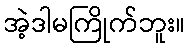
အဲ့ဒါမကြိုက်ဘူး။